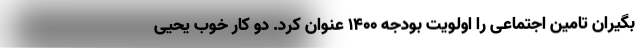
بگیران تامین اجتماعی را اولویت بودجه ۱۴۰۰ عنوان کرد. دو کار خوب یحیی